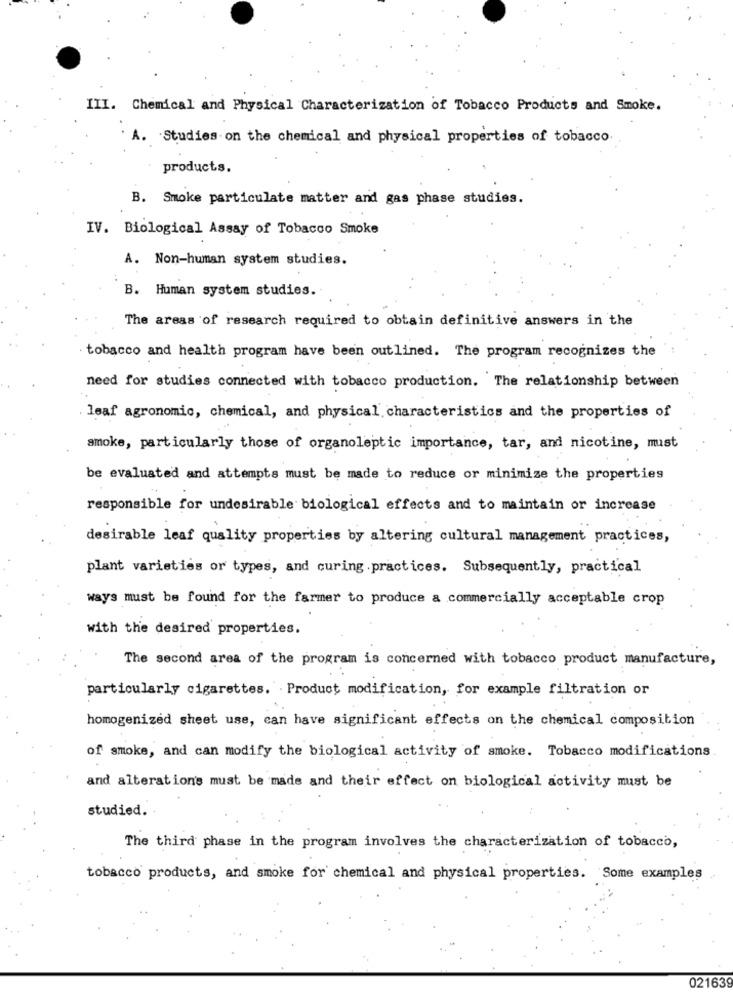
III. Chemical and Physical Characterization of Tobacco Products and Smoke.
. A. Studies on the chemical and physical properties of tobacco
products.
B. Smoke particulate matter and gas phase studies.
IV. Biological Assay of Tobacco Smoke
A. Non-human system studies.
B. Human system studies.
The areas of research required to obtain definitive answers in the
tobacco and health program have been outlined. The program recognizes the
need for studies connected with tobacco production. The relationship between
leaf agronomic, chemical, and physical characteristics and the properties of
smoke, particularly those of organoleptic importance, tar, and nicotine, must
be evaluated and attempts must be made to reduce or minimize the properties
responsible for undesirable biological effects and to maintain or increase
desirable leaf quality properties by altering cultural management practices,
plant varieties or types, and curing practices. Subsequently, practical
ways must be found for the farmer to produce a commercially acceptable crop
with the desired properties.
The second area of the program is concerned with tobacco product manufacture,
particularly cigarettes. Product modification, for example filtration or
homogenized sheet use, can have significant effects on the chemical composition
of smoke, and can modify the biological activity of smoke. Tobacco modifications
and alterations must be made and their effect on biological activity must be
studied.
The third phase in the program involves the characterization of tobacco,
tobacco products, and smoke for chemical and physical properties. Some examples
021639